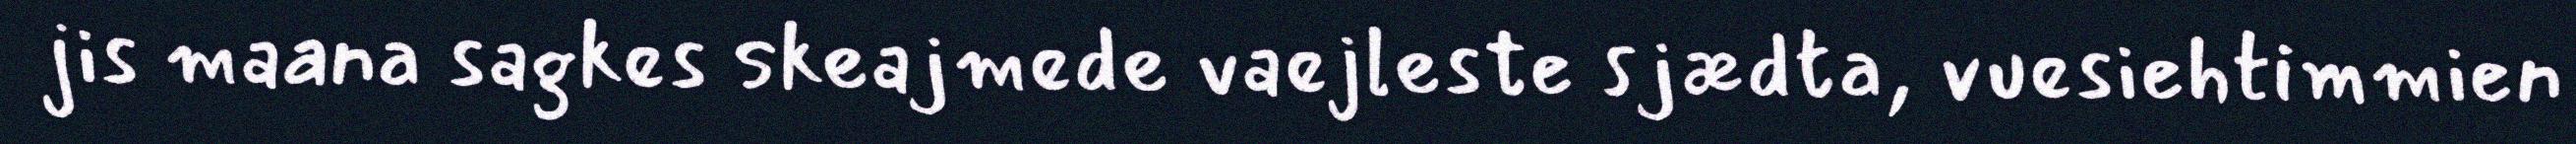
jis maana sagkes skeajmede vaejleste sjædta, vuesiehtimmien